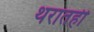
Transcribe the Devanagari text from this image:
थरातही